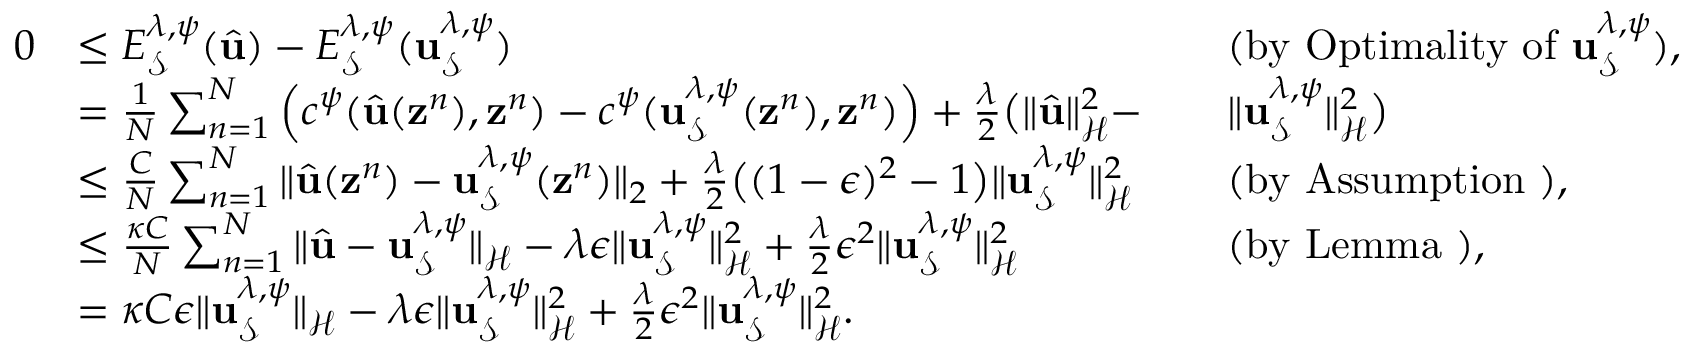
\begin{array} { r l r l } { 0 } & { \leq E _ { \mathcal { S } } ^ { \lambda , \psi } ( \hat { { \bf u } } ) - E _ { \mathcal { S } } ^ { \lambda , \psi } ( { { \bf u } _ { \mathcal { S } } ^ { \lambda , \psi } } ) } & & { \mathrm { ( b y ~ O p t i m a l i t y ~ o f ~ } { \bf u } _ { \mathcal { S } } ^ { \lambda , \psi } ) , } \\ & { = \frac { 1 } { N } \sum _ { n = 1 } ^ { N } \Big ( c ^ { \psi } ( \hat { { \bf u } } ( { \bf z } ^ { n } ) , { \bf z } ^ { n } ) - c ^ { \psi } ( { { \bf u } } _ { \mathcal { S } } ^ { \lambda , \psi } ( { \bf z } ^ { n } ) , { \bf z } ^ { n } ) \Big ) + \frac { \lambda } { 2 } \big ( \| \hat { { \bf u } } \| _ { \mathcal { H } } ^ { 2 } - } & & { \| { { \bf u } } _ { \mathcal { S } } ^ { \lambda , \psi } \| _ { \mathcal { H } } ^ { 2 } \big ) } \\ & { \leq \frac { C } { N } \sum _ { n = 1 } ^ { N } \| \hat { { \bf u } } ( { \bf z } ^ { n } ) - { \bf u } _ { \mathcal { S } } ^ { \lambda , \psi } ( { \bf z } ^ { n } ) \| _ { 2 } + \frac { \lambda } { 2 } \big ( ( 1 - \epsilon ) ^ { 2 } - 1 \big ) \| { \bf u } _ { \mathcal { S } } ^ { \lambda , \psi } \| _ { \mathcal { H } } ^ { 2 } } & & { \mathrm { ( b y ~ A s s u m p t i o n ~ } ) , } \\ & { \leq \frac { \kappa C } { N } \sum _ { n = 1 } ^ { N } \| \hat { { \bf u } } - { \bf u } _ { \mathcal { S } } ^ { \lambda , \psi } \| _ { \mathcal { H } } - \lambda \epsilon \| { \bf u } _ { \mathcal { S } } ^ { \lambda , \psi } \| _ { \mathcal { H } } ^ { 2 } + \frac { \lambda } { 2 } \epsilon ^ { 2 } \| { \bf u } _ { \mathcal { S } } ^ { \lambda , \psi } \| _ { \mathcal { H } } ^ { 2 } } & & { \mathrm { ( b y ~ L e m m a ~ } ) , } \\ & { = \kappa C \epsilon \| { \bf u } _ { \mathcal { S } } ^ { \lambda , \psi } \| _ { \mathcal { H } } - \lambda \epsilon \| { \bf u } _ { \mathcal { S } } ^ { \lambda , \psi } \| _ { \mathcal { H } } ^ { 2 } + \frac { \lambda } { 2 } \epsilon ^ { 2 } \| { \bf u } _ { \mathcal { S } } ^ { \lambda , \psi } \| _ { \mathcal { H } } ^ { 2 } . } & & { } \end{array}